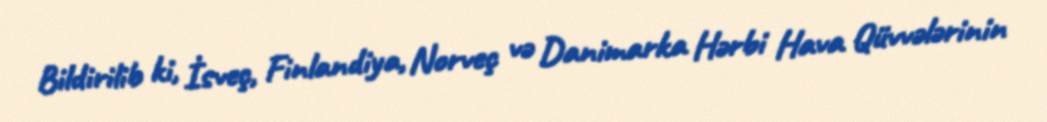
Bildirilib ki, İsveç, Finlandiya, Norveç və Danimarka Hərbi Hava Qüvvələrinin